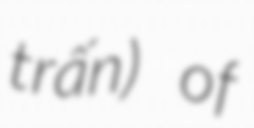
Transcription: trấn) of